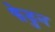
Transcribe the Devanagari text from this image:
फेडुन